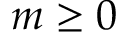
m \geq 0